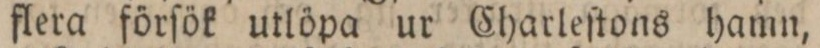
flera förſök utlöpa ur Charleſtons hamn,